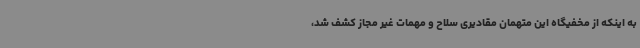
به اینکه از مخفیگاه این متهمان مقادیری سلاح و مهمات غیر مجاز کشف شد،